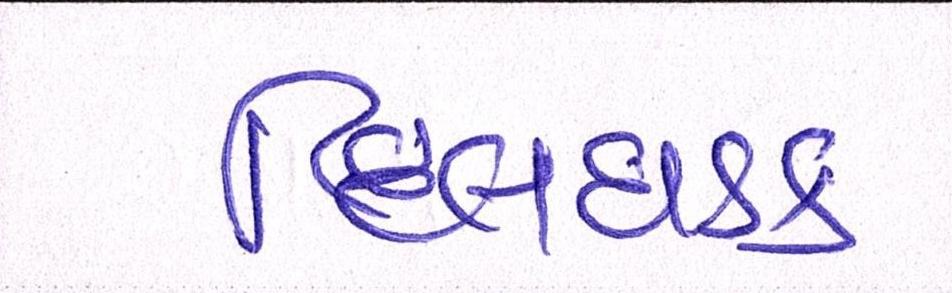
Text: દિલધડક